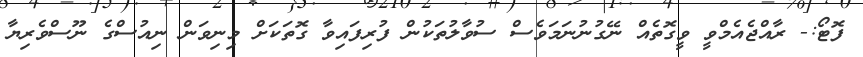
ފޮޓޯ:- ރާއްޖެއެމްވީ ވީގޮތެއް ނޭގުނުނަމަވެސް ސުވާލުތަކުން ފުރިފައިވާ ގޮތަކަށް މިނިވަން ނިއުސްގެ ނޫސްވެރިޔާ